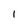
Character: 1